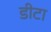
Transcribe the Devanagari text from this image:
डीटा